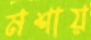
মশায়